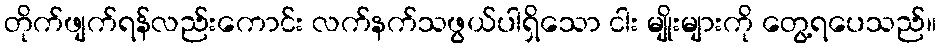
တိုက်ဖျက်ရန်လည်းကောင်း လက်နက်သဖွယ်ပါရှိသော ငါး မျိုးများကို တွေ့ရပေသည်။